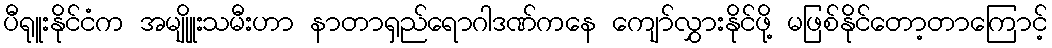
ပီရုူးနိုင်ငံက အမျိုူးသမီးဟာ နာတာရှည်ရောဂါဒဏ်ကနေ ကျော်လွှားနိုင်ဖို့ မဖြစ်နိုင်တော့တာကြောင့်